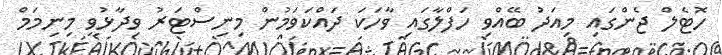
ހޮޓެލް ޖެންގައި މިއަދު ބޭއްވި ހަފްލާގައި ވާހަކަ ދައްކަވަމުން މިނިސްޓަރު ވިދާޅުވީ މިނިމަމް